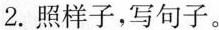
2.照样子，写句子。